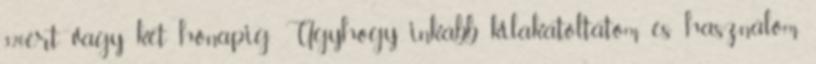
320ért vagy két hónapig. Úgyhogy inkább kilakatoltatom és használom